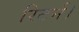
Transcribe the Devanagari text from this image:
रिटर्न।